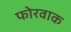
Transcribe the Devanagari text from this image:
फोरवाक